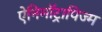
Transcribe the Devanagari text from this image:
ऐनिमॉट्रापिज्म